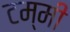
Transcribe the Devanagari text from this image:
टम्मी